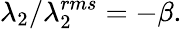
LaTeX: \lambda_{2}/\lambda_{2}^{rms}=-\beta.